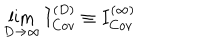
\lim _ { D \rightarrow \infty } I _ { C o v } ^ { ( D ) } \equiv { } I _ { C o v } ^ { ( \infty ) }